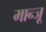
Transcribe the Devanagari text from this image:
मान्जू